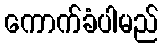
ကောက်ခံပါမည်